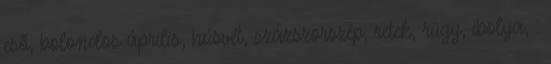
eső, bolondos április, húsvét, százszorszép, retek, rügy, ibolya, .